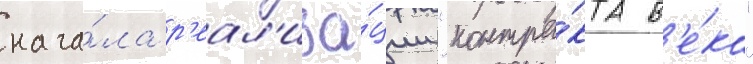
нача́ла р'еал'иза́ции "контра́кта в'е́ка"